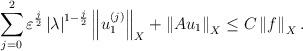
LaTeX: \begin{align*}\sum\limits_{j=0}^{2}\varepsilon ^{\frac{j}{2}}\left\vert \lambda\right\vert ^{1-\frac{j}{2}}\left\Vert u_{1}^{\left( j\right) }\right\Vert_{X}+\left\Vert Au_{1}\right\Vert _{X}\leq C\left\Vert f\right\Vert _{X}. \end{align*}